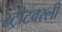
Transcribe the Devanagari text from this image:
स्ट्रीटवरली